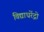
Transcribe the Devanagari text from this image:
विद्याधरेंद्रो